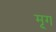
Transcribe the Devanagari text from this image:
मृ्ग